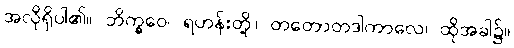
အလိုရှိပါ၏။ ဘိက္ခဝေ၊ ရဟန်းတို့။ တတောတဒါကာလေ၊ ထိုအခါ၌။